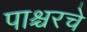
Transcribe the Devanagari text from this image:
पाश्चरचे